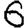
Digit: 6